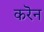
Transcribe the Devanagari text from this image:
करॆन